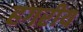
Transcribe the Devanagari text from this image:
हगरीय